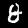
Label: 8